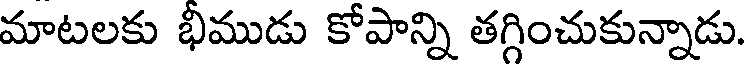
మాటలకు భీముడు కోపాన్ని తగ్గించుకున్నాడు.